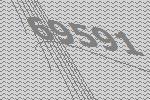
69591